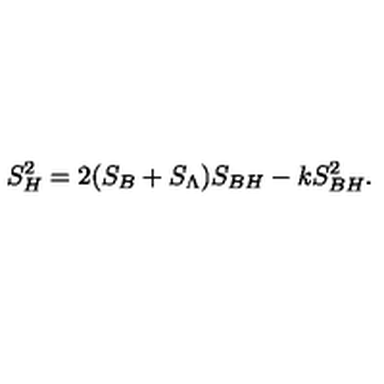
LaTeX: S _ { H } ^ { 2 } = 2 ( S _ { B } + S _ { \Lambda } ) S _ { B H } - k S _ { B H } ^ { 2 } .